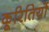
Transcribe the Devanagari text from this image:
कूरितियों